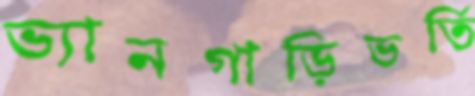
ভ্যানগাড়িভর্তি